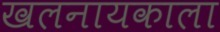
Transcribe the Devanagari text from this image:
खलनायकाला